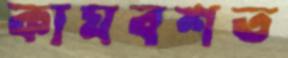
কামবশত